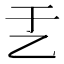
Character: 𠃗